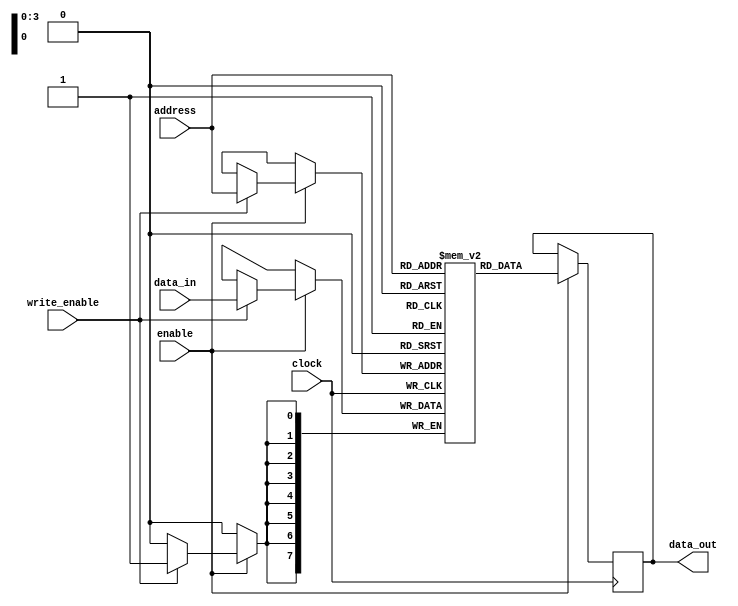
module MemoryBlocksShadowRegisterFile (
    input wire [7:0] data_in,
    input wire [3:0] address,
    input wire write_enable,
    input wire enable,
    input wire clock,
    output reg [7:0] data_out
);

reg [7:0] memory_blocks [15:0];

always @(posedge clock) begin
    if (enable) begin
        if (write_enable) begin
            memory_blocks[address] <= data_in;
        end
        data_out <= memory_blocks[address];
    end
end

endmodule